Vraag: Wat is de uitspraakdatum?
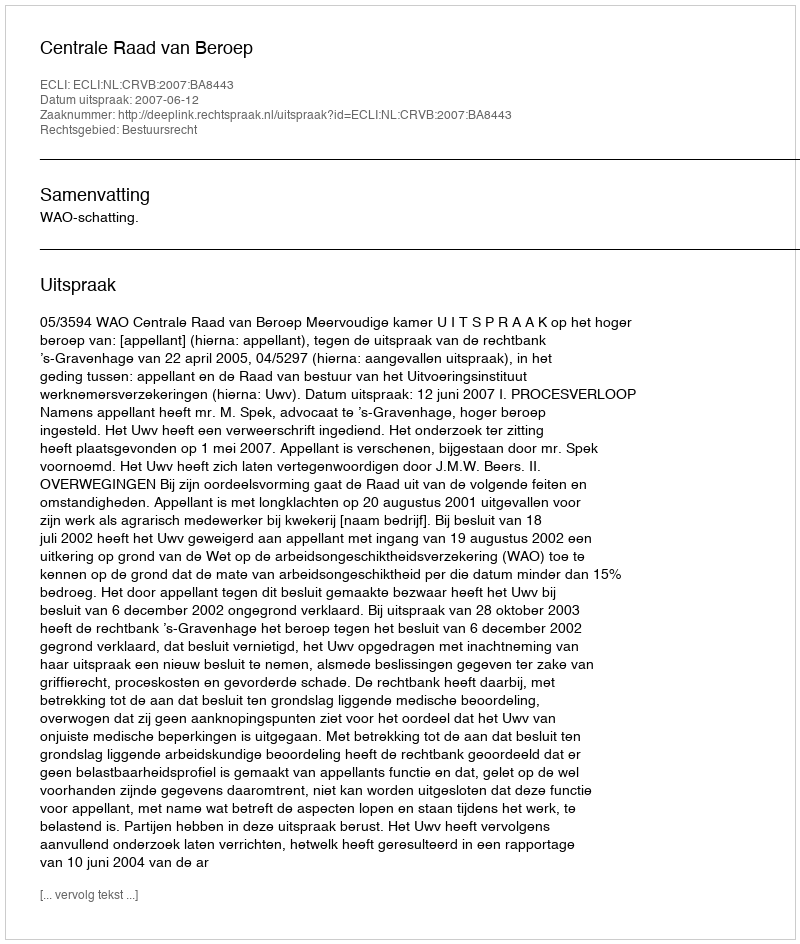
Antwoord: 2007-06-12